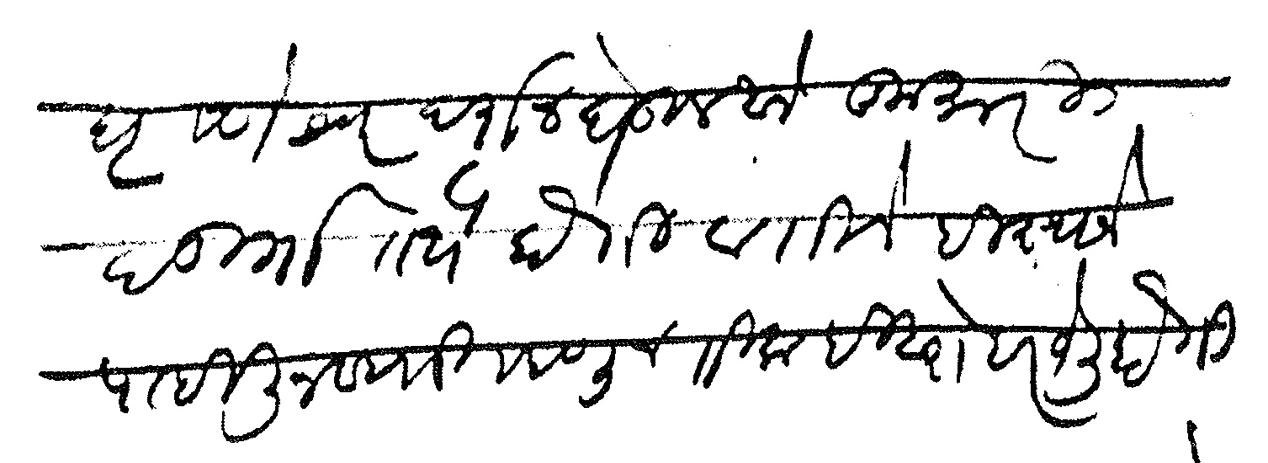
Transliteration (Devanagari): घृष्णेश्वर दर्शन घेऊन आले कुमारी दुर्गा तेथे होती व तिने ही स्थाने पाहिली नव्हती म्हणून तिलाही बरोबर नेली होती